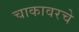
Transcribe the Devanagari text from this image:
चाकावरचे